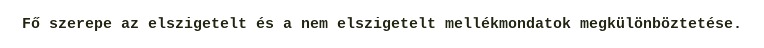
Fő szerepe az elszigetelt és a nem elszigetelt mellékmondatok megkülönböztetése.